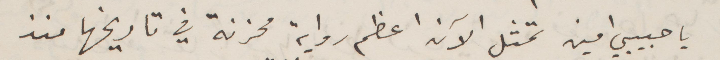
يا حبيبي امين تمثل الآن اعظم رواية محزنة في تاريخها منذ